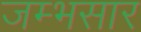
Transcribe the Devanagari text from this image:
जम्भसार